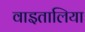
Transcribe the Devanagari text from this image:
वाइतालिया